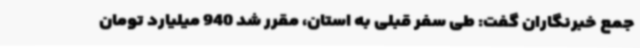
جمع خبرنگاران گفت: طی سفر قبلی به استان، مقرر شد 940 میلیارد تومان